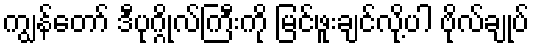
ကျွန်တော် ဒီပုဂ္ဂိုလ်ကြီးကို မြင်ဖူးချင်လို့ပါ ဗိုလ်ချုပ်